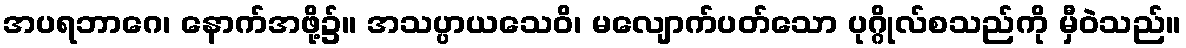
အပရဘာဂေ၊ နောက်အဖို့၌။ အသပ္ပာယသေဝိ၊ မလျောက်ပတ်သော ပုဂ္ဂိုလ်စသည်ကို မှီဝဲသည်။